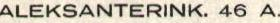
ALEKSANTERINK. 46 A